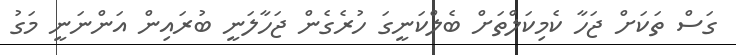
ގަސް ތަކަށް ޖަހާ ކެމިކަލްތަށް ބެލްކަނީގަ ހުރެގެން ޖަހާލަނީ ބުރައިން އަންނަނީ މަގު